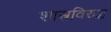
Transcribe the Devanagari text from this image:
शास्त्रविरुद्ध